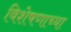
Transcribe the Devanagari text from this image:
विशेषणाच्या